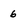
Character: 6